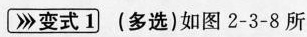
变式1 （多选）如图2-3-8所